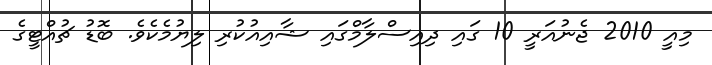
މިއީ 2010 ޖެނުއަރީ 10 ގައި ދިއިސްލާމްގައި ޝާއިއުކުރި ލިޔުމެކެވެ. ބޮޑު ޗުއްޓީގެ